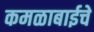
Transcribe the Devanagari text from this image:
कमळाबाईचे